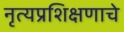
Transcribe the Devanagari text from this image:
नृत्यप्रशिक्षणाचे